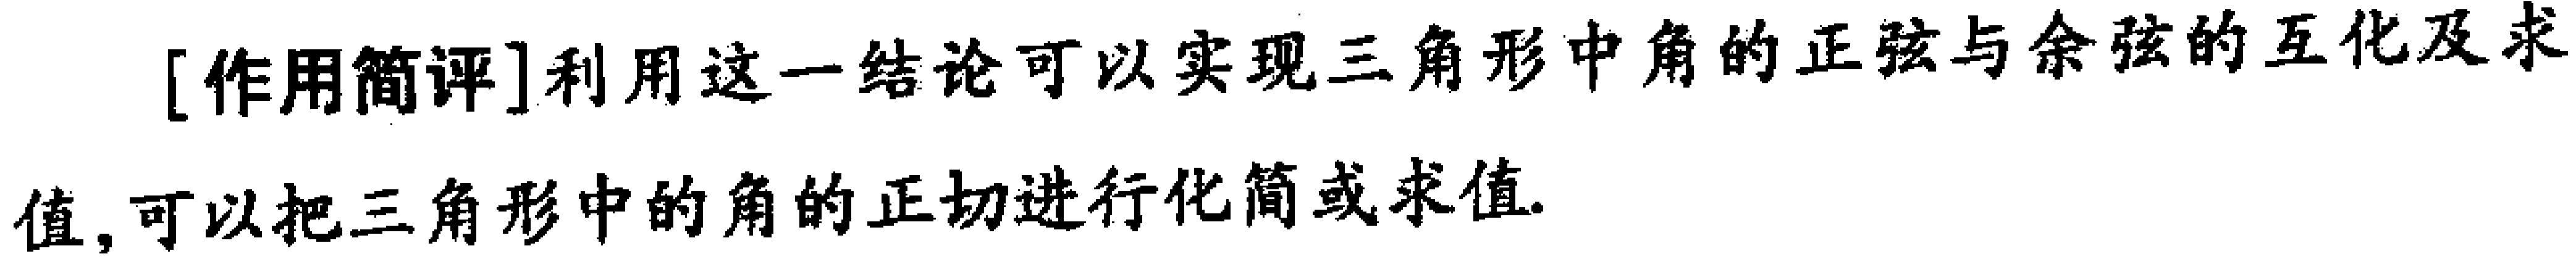
[作用简评]利用这一结论可以实现三角形中角的正弦与余弦的互化及求值，可以把三角形中的角的正切进行化简或求值.